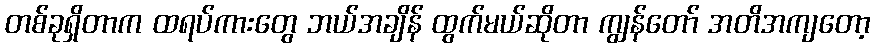
တစ်ခုရှိတာက ထရပ်ကားတွေ ဘယ်အချိန် ထွက်မယ်ဆိုတာ ကျွန်တော် အတိအကျတော့